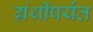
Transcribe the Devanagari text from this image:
ग्रंथींपर्यंत